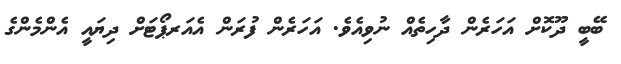
ބޭބީ ދޫކޮށް އަހަރެން ދާހިތެއް ނުވިއެވެ. އަހަރެން ފުރަން އެއަރޕޯޓަށް ދިޔައީ އެންމެންގެ